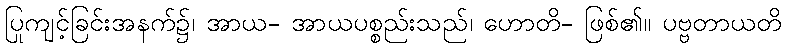
ပြုကျင့်ခြင်းအနက်၌၊ အာယ- အာယပစ္စည်းသည်၊ ဟောတိ- ဖြစ်၏။ ပဗ္ဗတာယတိ